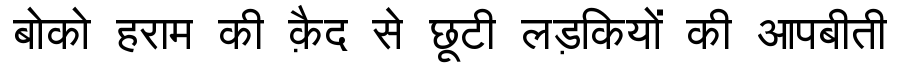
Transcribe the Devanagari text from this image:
बोको हराम की क़ैद से छूटी लड़कियों की आपबीती